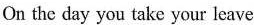
On the day you take your leave